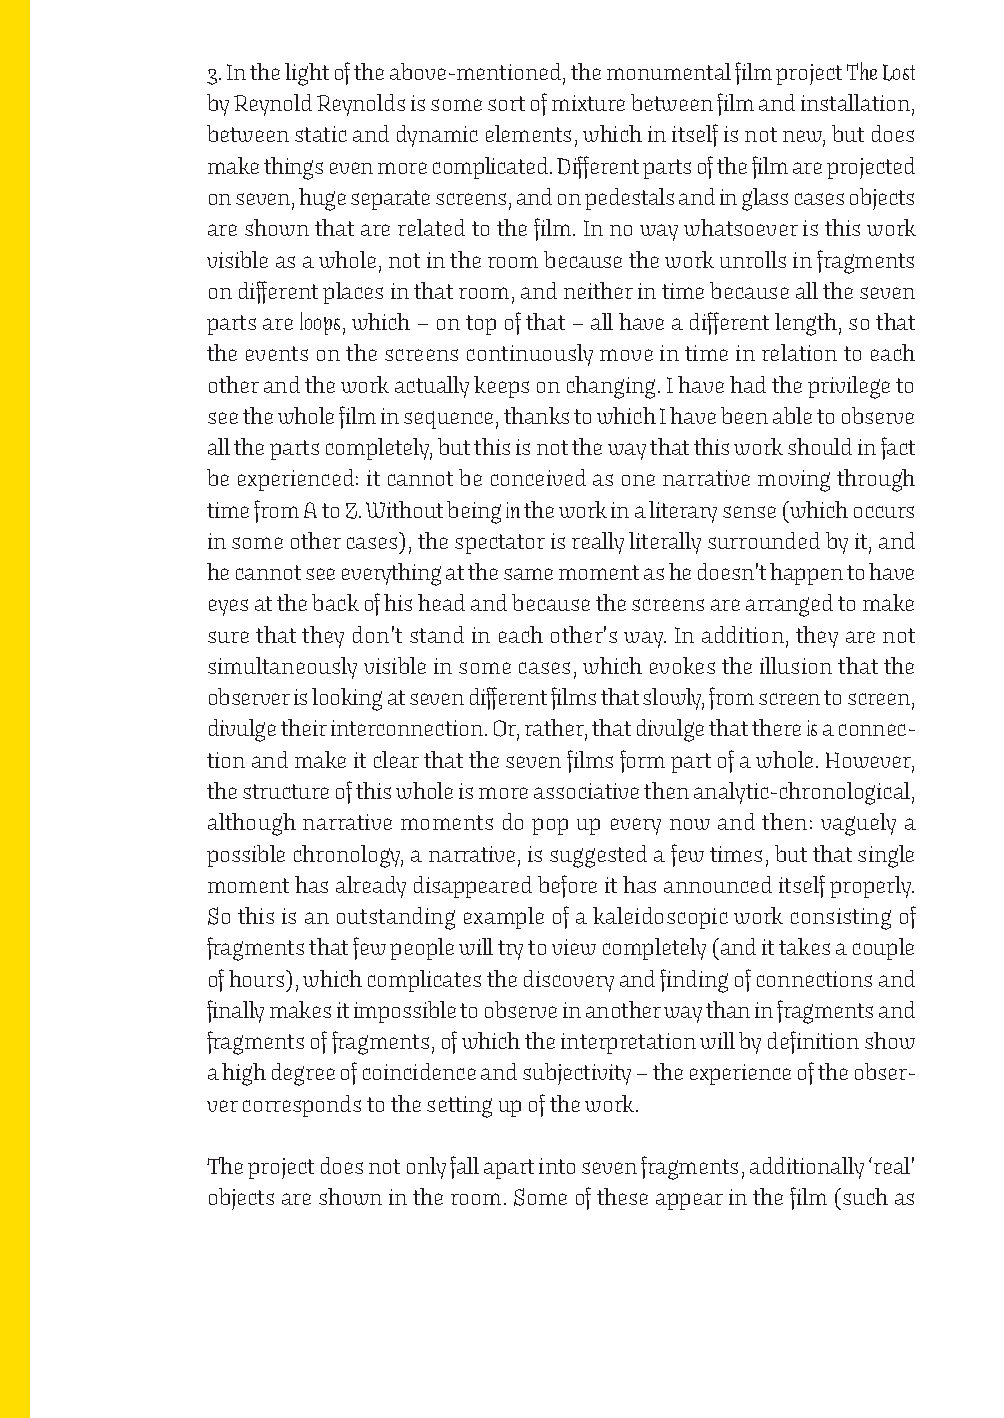
3. In the light of the above-mentioned, the monumental film project The Lost
 by Reynold Reynolds is some sort of mixture between film and installation,
 between static and dynamic elements, which in itself is not new, but does
 make things even more complicated. Different parts of the film are projected
 on seven, huge separate screens, and on pedestals and in glass cases objects
 are shown that are related to the film. In no way whatsoever is this work
 visible as a whole, not in the room because the work unrolls in fragments
 on different places in that room, and neither in time because all the seven
 parts are loops, which – on top of that – all have a different length, so that
 the events on the screens continuously move in time in relation to each
 other and the work actually keeps on changing. I have had the privilege to
 see the whole film in sequence, thanks to which I have been able to observe
 all the parts completely, but this is not the way that this work should in fact
 be experienced: it cannot be conceived as one narrative moving through
 time from A to Z. Without being in the work in a literary sense (which occurs
 in some other cases), the spectator is really literally surrounded by it, and
 he cannot see everything at the same moment as he doesn’t happen to have
 eyes at the back of his head and because the screens are arranged to make
 sure that they don’t stand in each other’s way. In addition, they are not
 simultaneously visible in some cases, which evokes the illusion that the
 observer is looking at seven different films that slowly, from screen to screen,
 divulge their interconnection. Or, rather, that divulge that there isa connec-
 tion and make it clear that the seven films form part of a whole. However,
 the structure of this whole is more associative then analytic-chronological,
 although narrative moments do pop up every now and then: vaguely a
 possible chronology, a narrative, is suggested a few times, but that single
 moment has already disappeared before it has announced itself properly.
 So this is an outstanding example of a kaleidoscopic work consisting of
 fragments that few people will try to view completely (and it takes a couple
 of hours), which complicates the discovery and finding of connections and
 finally makes it impossible to observe in another way than in fragments and
 fragments of fragments, of which the interpretation will by definition show
 a high degree of coincidence and subjectivity – the experience of the obser-
 ver corresponds to the setting up of the work.
 The project does not only fall apart into seven fragments, additionally ‘real’
 objects are shown in the room. Some of these appear in the film (such as